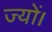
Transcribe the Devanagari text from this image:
ज्‍यों।